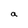
Character: a